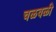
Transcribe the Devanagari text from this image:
चळवळीे